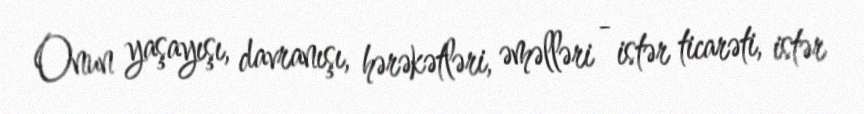
Onun yaşayışı, davranışı, hərəkətləri, əməlləri - istər ticarəti, istər